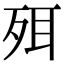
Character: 𣧹